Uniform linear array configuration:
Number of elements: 24
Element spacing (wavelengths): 0.25
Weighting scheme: uniform
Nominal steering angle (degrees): -45
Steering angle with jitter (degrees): -46.915
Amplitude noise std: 0.05
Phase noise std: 0.05

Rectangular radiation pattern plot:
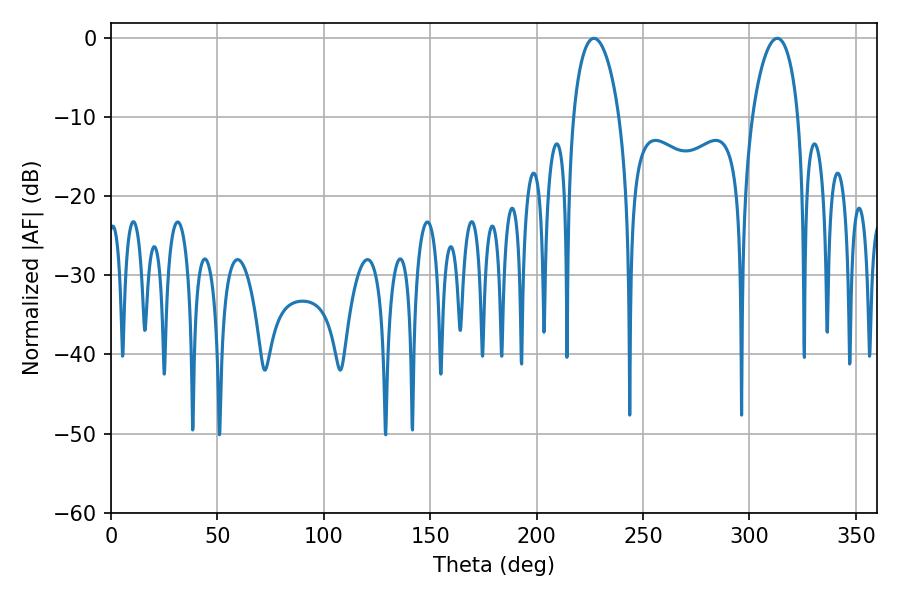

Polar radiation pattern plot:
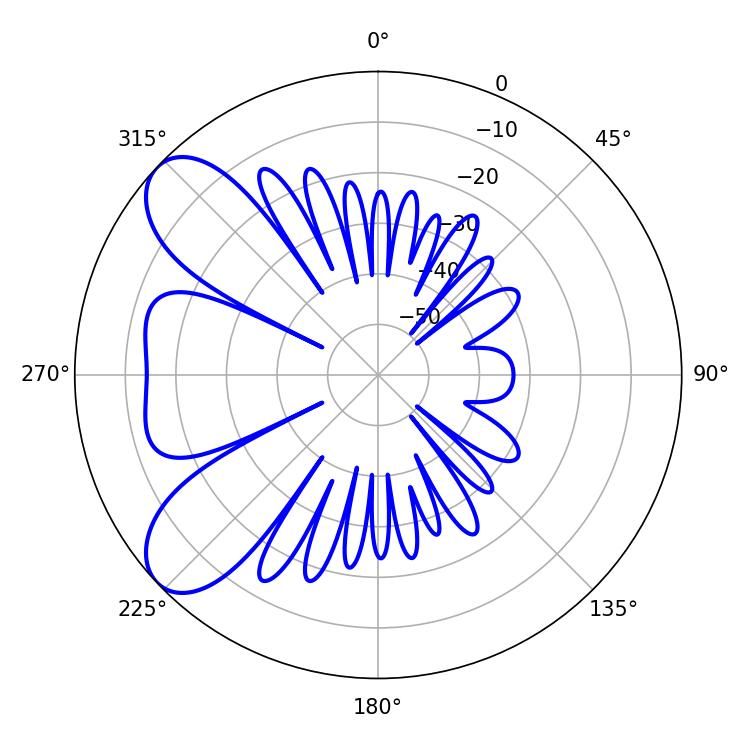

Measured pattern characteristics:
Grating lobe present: FALSE
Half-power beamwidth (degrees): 12.42
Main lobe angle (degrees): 226.98